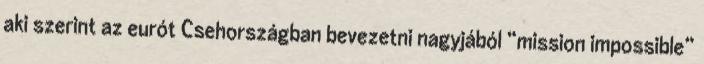
aki szerint az eurót Csehországban bevezetni nagyjából “mission impossible”